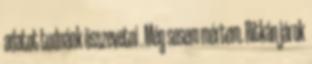
adatot tudnánk összevetni . Még sosem mértem. Ritkán járok